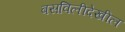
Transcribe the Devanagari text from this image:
बसविलीदेखील